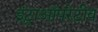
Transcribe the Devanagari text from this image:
इंट्राऑपरेटीव